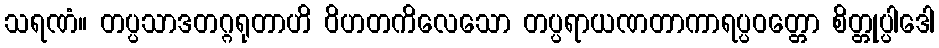
သရဏံ။ တပ္ပသာဒတဂ္ဂရုတာဟိ ဝိဟတကိလေသော တပ္ပရာယဏတာကာရပ္ပဝတ္တော စိတ္တုပ္ပါဒေါ